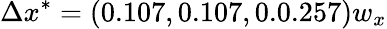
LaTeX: \Delta x^{*}=(0.107,0.107,0.0.257)w_{x}